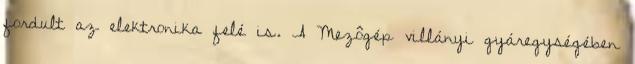
fordult az elektronika felé is. A Mezôgép villányi gyáregységében